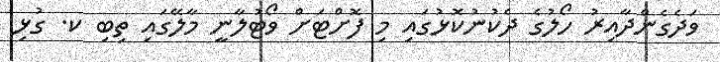
ވަދެގެންދާއިރު ހޯލުގެ ދެކުނުކޮޅުގައި މި ފޮށްޓަށް ވޯޓުލާނީ މާލޭގައި ތިބި ކ. ގުޅި